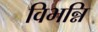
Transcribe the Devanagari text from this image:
विभन्नि